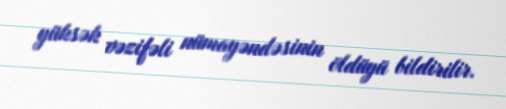
yüksək vəzifəli nümayəndəsinin öldüyü bildirilir.